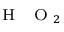
_ { { \mathrm { ~ \scriptsize ~ H ~ } } { \mathrm { ~ \scriptsize ~ O ~ } } _ { 2 } }